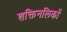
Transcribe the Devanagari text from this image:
शक्तिनलिकों